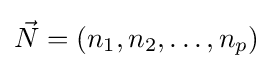
{\vec {N}}=(n_{1},n_{2},\dots ,n_{p})